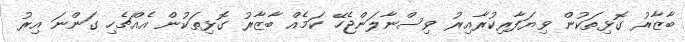
ބާޒާރު ގޮޅިތަކުން ވިޔަފާރިކުރާއިރު ވިސްނާލަންޖެހޭ ކަމެއް ބާޒާރު ގޮޅިތަކުން އެއްޗެހި ގަންނަ އިރު